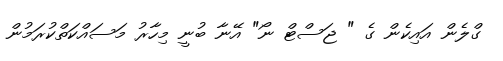
ގްލެން އައިކެން ގެ " ޖަސްޓް ނޯ" އޭނާ ބުނީ މިހާރު މަސައްކަތްކުރަމުން